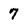
Character: 7